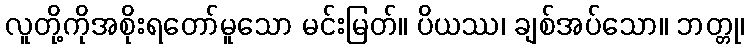
လူတို့ကိုအစိုးရတော်မူသော မင်းမြတ်။ ပိယဿ၊ ချစ်အပ်သော။ ဘတ္တု၊